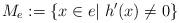
LaTeX: \begin{align*}M_e := \{x \in e| \; h'(x) \neq0\}\end{align*}